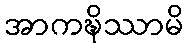
အာကဍ္ဎိဿာမိ